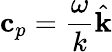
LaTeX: \mathbf{c}_{p}=\frac{\omega}{k}\hat{\mathbf{k}}